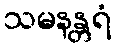
သမနန္တရံ